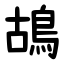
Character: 鴣